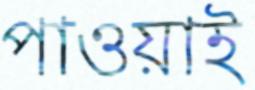
পাওয়াই